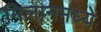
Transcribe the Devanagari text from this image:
मिलानमध्ये